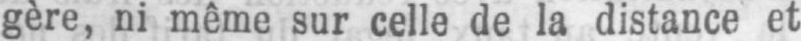
gère, ni même sur celle de la distance et